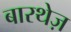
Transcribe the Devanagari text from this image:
बारथेज़